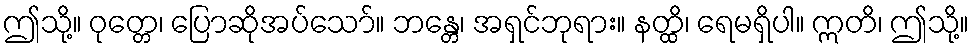
ဤသို့။ ဝုတ္တေ၊ ပြောဆိုအပ်သော်။ ဘန္တေ၊ အရှင်ဘုရား။ နတ္ထိ၊ ရေမရှိပါ။ ဣတိ၊ ဤသို့။